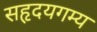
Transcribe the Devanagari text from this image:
सहृदयगम्य